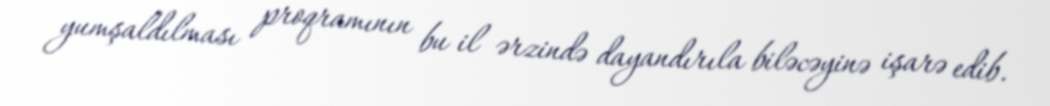
yumşaldılması proqramının bu il ərzində dayandırıla biləcəyinə işarə edib.